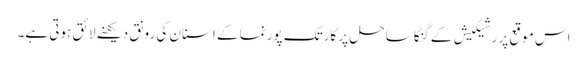
اس موقع پر رشیکیش کے گنگا ساحل پر کارتک پورنما کے اسنان کی رونق دیکھنے لائق ہوتی ہے۔